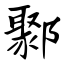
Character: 鄹